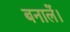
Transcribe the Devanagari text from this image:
बनालें।